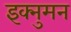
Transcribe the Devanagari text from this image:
इक्नुमन